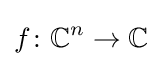
f\colon \mathbb {C} ^{n}\to \mathbb {C}